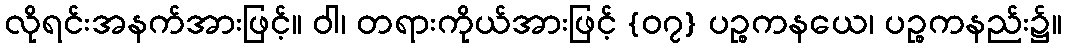
လိုရင်းအနက်အားဖြင့်။ ဝါ၊ တရားကိုယ်အားဖြင့် {၀၇} ပဉ္စကနယေ၊ ပဉ္စကနည်း၌။